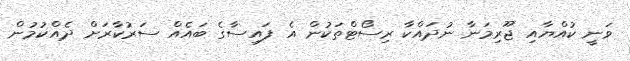
ވަނީ ކުއްޔާއި ޖޫރިމަނާ ނުދައްކާ ރިސޯޓްތަކުން އެ ފައިސާގެ ބައެއް ސަރުކާރަށް ދެއްކުމުން